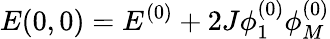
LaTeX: E(0,0)=E^{(0)}+2J\phi_{1}^{(0)}\phi_{M}^{(0)}